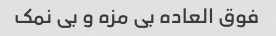
فوق العاده بی مزه و بی نمک